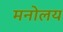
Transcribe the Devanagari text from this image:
मनोलय